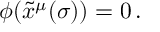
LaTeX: \phi ( \tilde { x } ^ { \mu } ( \sigma ) ) = 0 \, .